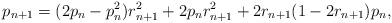
LaTeX: \begin{align*}p_{n+1}=(2p_n-p_n^2)r_{n+1}^2+2p_nr_{n+1}^2+2r_{n+1}(1-2r_{n+1})p_n,\end{align*}